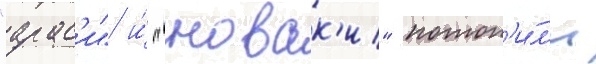
"арас'и" и́ "новак'и" потоп'и́л'и